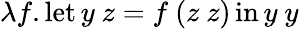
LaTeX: \lambda f.\operatorname{let}y\ z=f\ (z\ z)\operatorname{in}y\ y